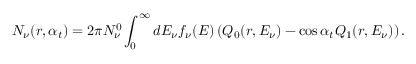
N _ { \nu } ( r , \alpha _ { t } ) = 2 \pi N _ { \nu } ^ { 0 } \int _ { 0 } ^ { \infty } d E _ { \nu } f _ { \nu } ( E ) \left( Q _ { 0 } ( r , E _ { \nu } ) - \cos \alpha _ { t } Q _ { 1 } ( r , E _ { \nu } ) \right) .